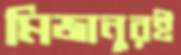
মিজানুরই